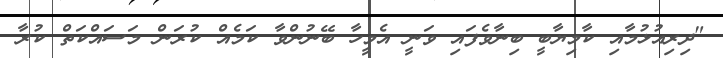
"ދިރިއުޅުމާއި ކާމިޔާބީ ބިނާވެފައި ވަނީ އެމީހާ ބޭނުންވާ ކަމެއް ކުރަން މަސައްކަތް ކުރާ